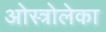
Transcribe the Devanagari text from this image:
ओस्त्रोलेका